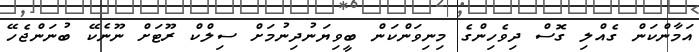
އަމާންކަން ގެއްލި ގޮސް ދިވެހިންގެ މިނިވަންކަން ބީވިޔަނުދިނުމަށް ސިލްކް ރޫޓަށް ނޫނެކޭ ބުނަންޖެހޭ